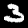
Label: 3